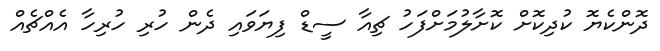
ދޮންކެޔޮ ކުދިކޮށް ކޮށާލުމަށްފަހު ޗިއާ ސީޑް ފިޔަވައި ދެން ހުރި ހުރިހާ އެއްޗެއް